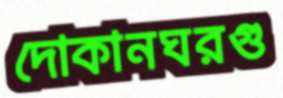
দোকানঘরগু